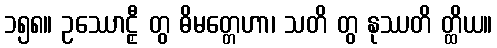
၁၅၈။ ဥဿောဠှီ တွ ဓိမတ္တေဟာ၊ သတိ တွ နုဿတိ တ္ထိယ။